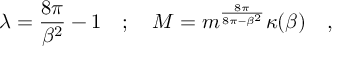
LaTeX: \lambda = \frac { 8 \pi } { \beta ^ { 2 } } - 1 \quad ; \quad M = m ^ { \frac { 8 \pi } { 8 \pi - \beta ^ { 2 } } } \kappa ( \beta ) \quad ,